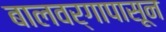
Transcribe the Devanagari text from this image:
बालवर्गापासून